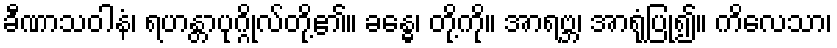
ခီဏာသဝါနံ၊ ရဟန္တာပုဂ္ဂိုလ်တို့၏။ ခန္ဓေ၊ တို့ကို။ အာရဗ္ဘ၊ အာရုံပြု၍။ ကိလေသာ၊